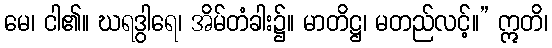
မေ၊ ငါ၏။ ဃရဒွါရေ၊ အိမ်တံခါး၌။ မာတိဋ္ဌ၊ မတည်လင့်။” ဣတိ၊